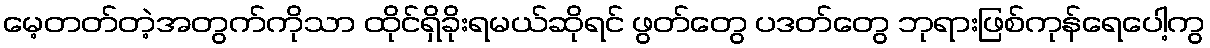
မေ့တတ်တဲ့အတွက်ကိုသာ ထိုင်ရှိခိုးရမယ်ဆိုရင် ဖွတ်တွေ ပဒတ်တွေ ဘုရားဖြစ်ကုန်ရေပေါ့ကွ